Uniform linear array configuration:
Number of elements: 4
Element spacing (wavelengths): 1
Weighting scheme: uniform
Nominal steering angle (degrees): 30
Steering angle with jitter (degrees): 29.64
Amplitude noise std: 0.05
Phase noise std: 0.05

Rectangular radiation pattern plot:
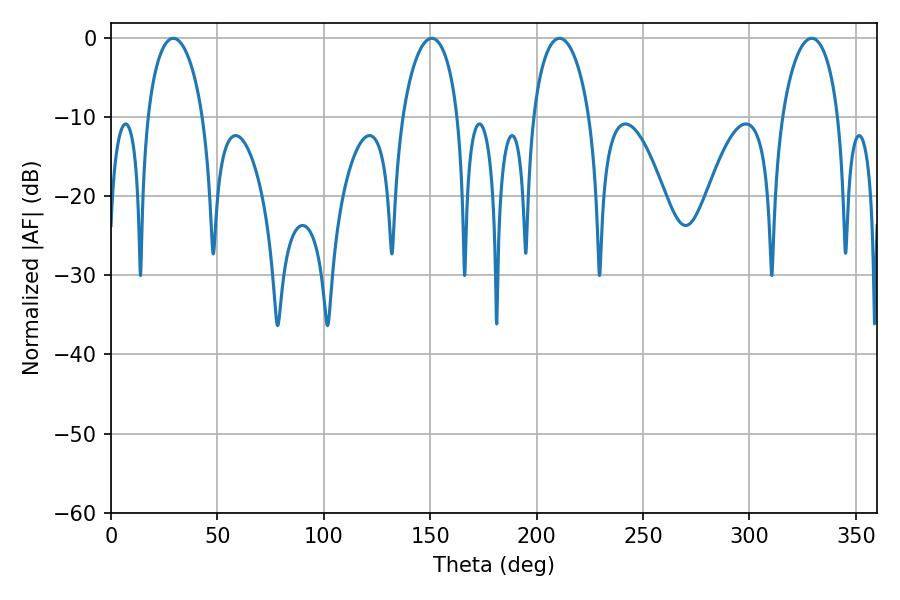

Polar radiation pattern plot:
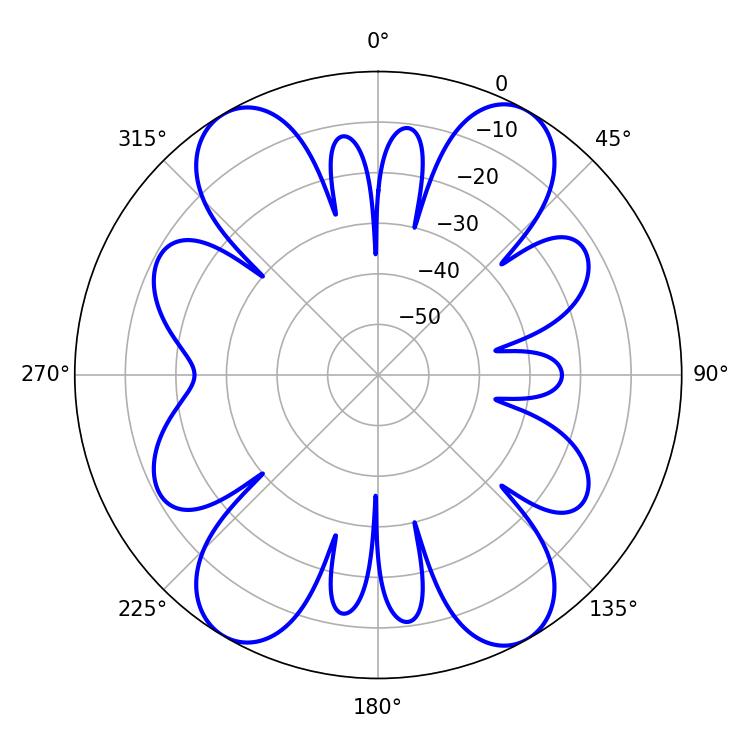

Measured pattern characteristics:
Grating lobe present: TRUE
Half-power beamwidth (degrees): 15.3
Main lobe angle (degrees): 210.78